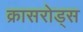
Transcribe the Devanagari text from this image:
क्रासरोड्स